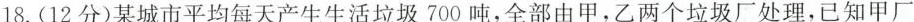
18. (12分)某城市平均每天产生生活垃圾700吨，全部由甲，乙两个垃圾厂处理，已知甲厂